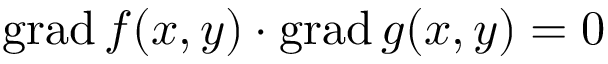
\operatorname { g r a d } f ( x , y ) \cdot \operatorname { g r a d } g ( x , y ) = 0